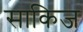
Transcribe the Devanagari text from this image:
साकिज